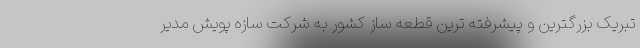
تبریک بزرگترین و پیشرفته ترین قطعه ساز کشور به شرکت سازه پویش مدیر